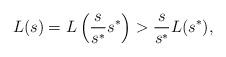
LaTeX: \begin{align*}L(s) = L\left( \frac{s}{s^\ast} s^\ast \right) > \frac{s}{s^\ast} L(s^\ast),\end{align*}